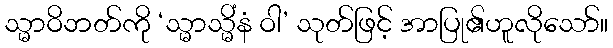
သ္မာဝိဘတ်ကို ‘သ္မာသ္မိံနံ ဝါ’ သုတ်ဖြင့် အာပြု၏ဟူလိုသော်။